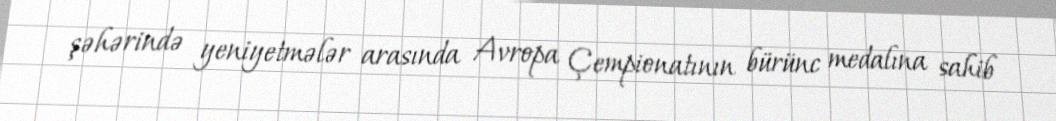
şəhərində yeniyetmələr arasında Avropa Çempionatının bürünc medalına sahib